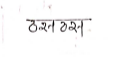
मजकूर: ठसठस